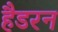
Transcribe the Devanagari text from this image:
हैडरन